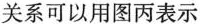
关系可以用图丙表示